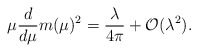
\begin{align*}\mu \frac{d}{d \mu} m(\mu)^2= \frac{\lambda}{4 \pi} +{\cal O}(\lambda^2).\end{align*}